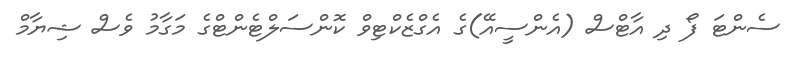
ސެންޓަ ފޯ ދި އާޓްސް (އެންސީއޭ)ގެ އެގްޒެކްޓިވް ކޮންސަލްޓެންޓްގެ މަގާމު ވެސް ޝިޔާމް